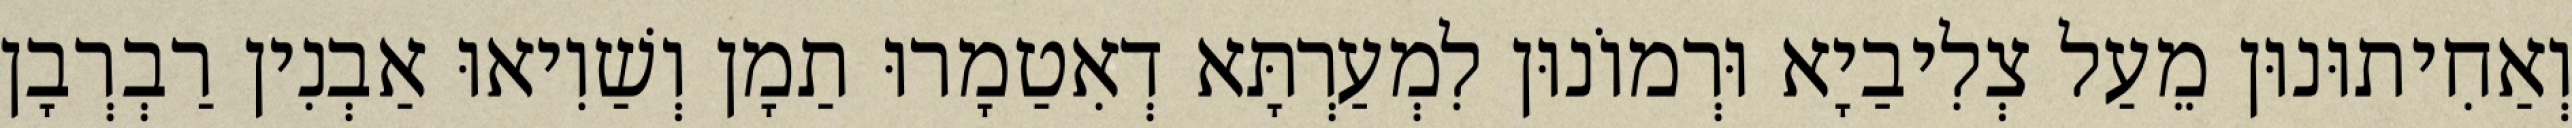
וְאַחִיתוּנוּן מֵעַל צְלִיבַיָא וּרְמוֹנוּן לִמְעַרְתָּא דְאִטַמָרוּ תַמָן וְשַׁוִיאוּ אַבְנִין רַבְרְבָן